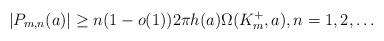
LaTeX: \begin{align*} |P_{m,n}(a)|\ge n(1-o(1))2\pi h(a)\Omega(K_m^+,a),n=1,2,\ldots\end{align*}